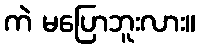
ကဲ မပြောဘူးလား။